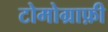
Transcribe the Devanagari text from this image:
टोमोग्राफ़ी